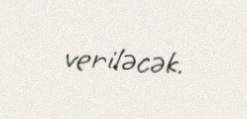
veriləcək.